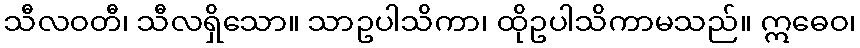
သီလဝတီ၊ သီလရှိသော။ သာဥပါသိကာ၊ ထိုဥပါသိကာမသည်။ ဣဓေဝ၊